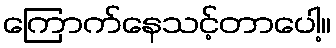
ကြောက်နေသင့်တာပေါ့။